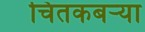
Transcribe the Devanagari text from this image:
चितकबऱ्या